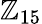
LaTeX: \mathbb{Z}_{15}